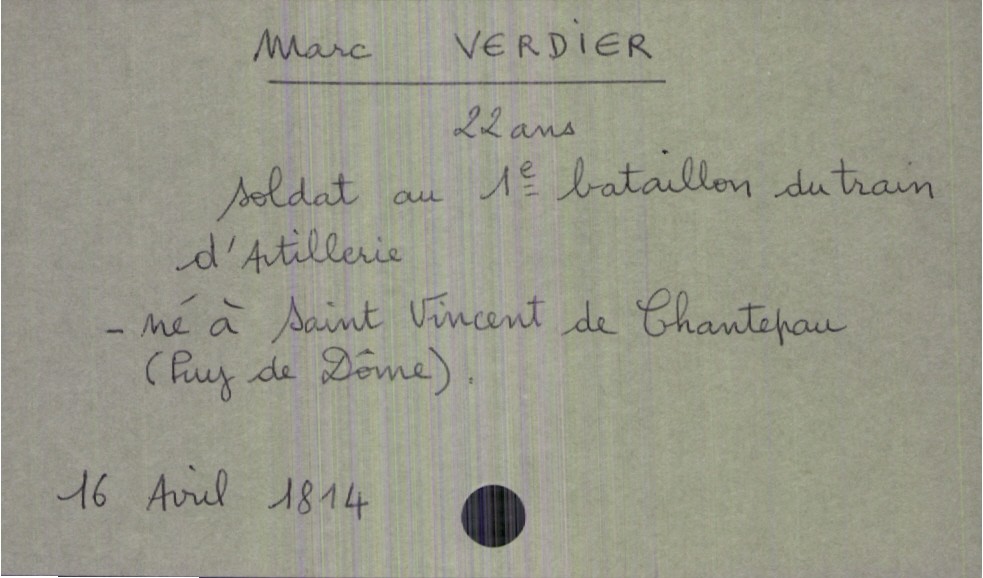
type_acte: Décès
année: 1814
mois: avril
jour: 16
défunt_nom: Verdier
défunt_prénom: Marc
défunt_sexe: H
défunt_âge: 22 ans
défunt_profession: soldat au 1e bataillon du train d'artillerie
défunt_lieu_de_naissance: Saint Vincent de Chantepau (Puy de Dôme)